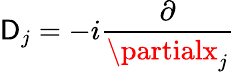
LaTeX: \mathsf{D}_{j}=-i{\frac{{\partial}}{{\partialx_{j}}}}